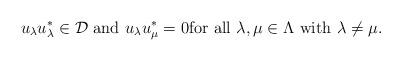
LaTeX: \begin{align*} \text{ $u_\lambda u_\lambda^*\in \mathcal D$ and $u_\lambda u_\mu^*=0$for all $\lambda, \mu\in \Lambda$ with $\lambda\ne \mu$.}\end{align*}